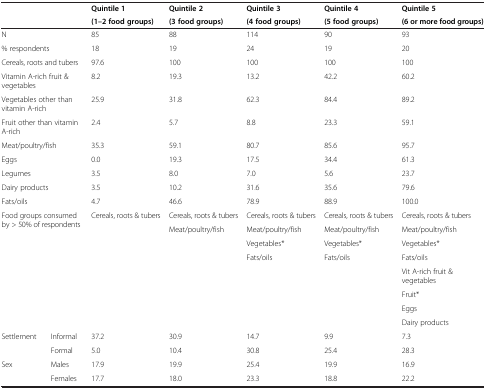
| <ROWSPAN=2-COLSPAN=2>  | Quintile 1 | Quintile 2 | Quintile 3 | Quintile 4 | Quintile 5 |
 | (1–2 food groups) | (3 food groups) | (4 food groups) | (5 food groups) | (6 or more food groups) |
 | --- | --- | --- | --- | --- | --- | --- |
 | <COLSPAN=2> N | 85 | 88 | 114 | 90 | 93 |
 | <COLSPAN=2> % respondents | 18 | 19 | 24 | 19 | 20 |
 | <COLSPAN=2> Cereals, roots and tubers | 97.6 | 100 | 100 | 100 | 100 |
 | <COLSPAN=2> Vitamin A-rich fruit & vegetables | 8.2 | 19.3 | 13.2 | 42.2 | 60.2 |
 | <COLSPAN=2> Vegetables other than vitamin A-rich | 25.9 | 31.8 | 62.3 | 84.4 | 89.2 |
 | <COLSPAN=2> Fruit other than vitamin A-rich | 2.4 | 5.7 | 8.8 | 23.3 | 59.1 |
 | <COLSPAN=2> Meat/poultry/fish | 35.3 | 59.1 | 80.7 | 85.6 | 95.7 |
 | <COLSPAN=2> Eggs | 0.0 | 19.3 | 17.5 | 34.4 | 61.3 |
 | <COLSPAN=2> Legumes | 3.5 | 8.0 | 7.0 | 5.6 | 23.7 |
 | <COLSPAN=2> Dairy products | 3.5 | 10.2 | 31.6 | 35.6 | 79.6 |
 | <COLSPAN=2> Fats/oils | 4.7 | 46.6 | 78.9 | 88.9 | 100.0 |
 | <ROWSPAN=8-COLSPAN=2> Food groups consumed by > 50% of respondents | Cereals, roots & tubers | Cereals, roots & tubers | Cereals, roots & tubers | Cereals, roots & tubers | Cereals, roots & tubers |
 |  | Meat/poultry/fish | Meat/poultry/fish | Meat/poultry/fish | Meat/poultry/fish |
 |  |  | Vegetables* | Vegetables* | Vegetables* |
 |  |  | Fats/oils | Fats/oils | Fats/oils |
 |  |  |  |  | Vit A-rich fruit & vegetables |
 |  |  |  |  | Fruit* |
 |  |  |  |  | Eggs |
 |  |  |  |  | Dairy products |
 | <ROWSPAN=2> Settlement | Informal | 37.2 | 30.9 | 14.7 | 9.9 | 7.3 |
 | Formal | 5.0 | 10.4 | 30.8 | 25.4 | 28.3 |
 | <ROWSPAN=2> Sex | Males | 17.9 | 19.9 | 25.4 | 19.9 | 16.9 |
 | Females | 17.7 | 18.0 | 23.3 | 18.8 | 22.2 |